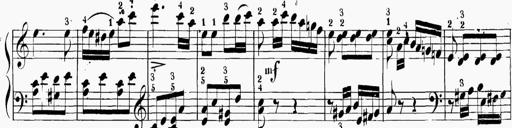
Title: 6 Sonatinas
Composer: Carl Reinecke